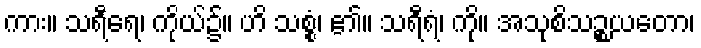
ကား။ သရီရေ၊ ကိုယ်၌။ ဟိ သစ္စံ၊ ၏။ သရီရံ၊ ကို။ အသုစိသဉ္စယတော၊